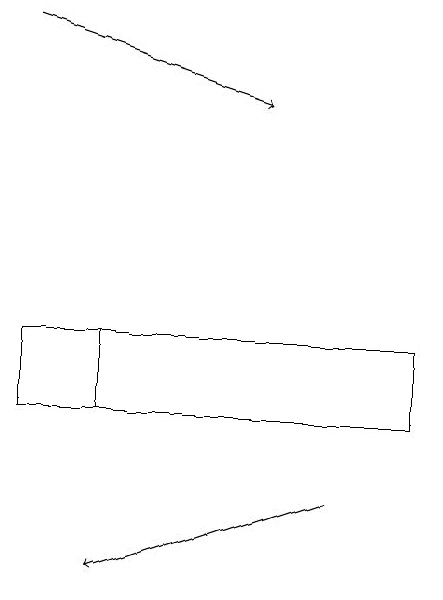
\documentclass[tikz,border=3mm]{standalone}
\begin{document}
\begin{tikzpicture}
\draw[->] (0,18) -- (3,17);
\draw (5,13) rectangle (0,14);
\draw (5,14) rectangle (1,13);
\draw[->] (4,12) -- (1,11);
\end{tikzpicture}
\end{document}